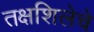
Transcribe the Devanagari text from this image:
तक्षशिलेचे